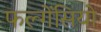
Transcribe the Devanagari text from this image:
फल्गेंसियो